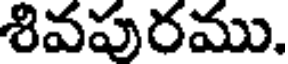
శివపురము.